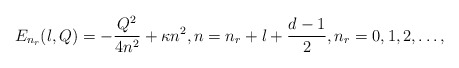
\begin{align*} E_{n_r}(l,Q) = - \frac{Q^2}{4n^2} + \kappa n^2, n = n_r + l + \frac{d-1}{2}, n_r = 0, 1, 2, \ldots,\end{align*}